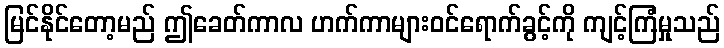
မြင်နိုင်တော့မည် ဤခေတ်ကာလ ဟက်ကာများဝင်ရောက်ခွင့်ကို ကျင့်ကြံမှုသည်